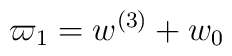
\varpi_1 = w^{(3)} + w_0